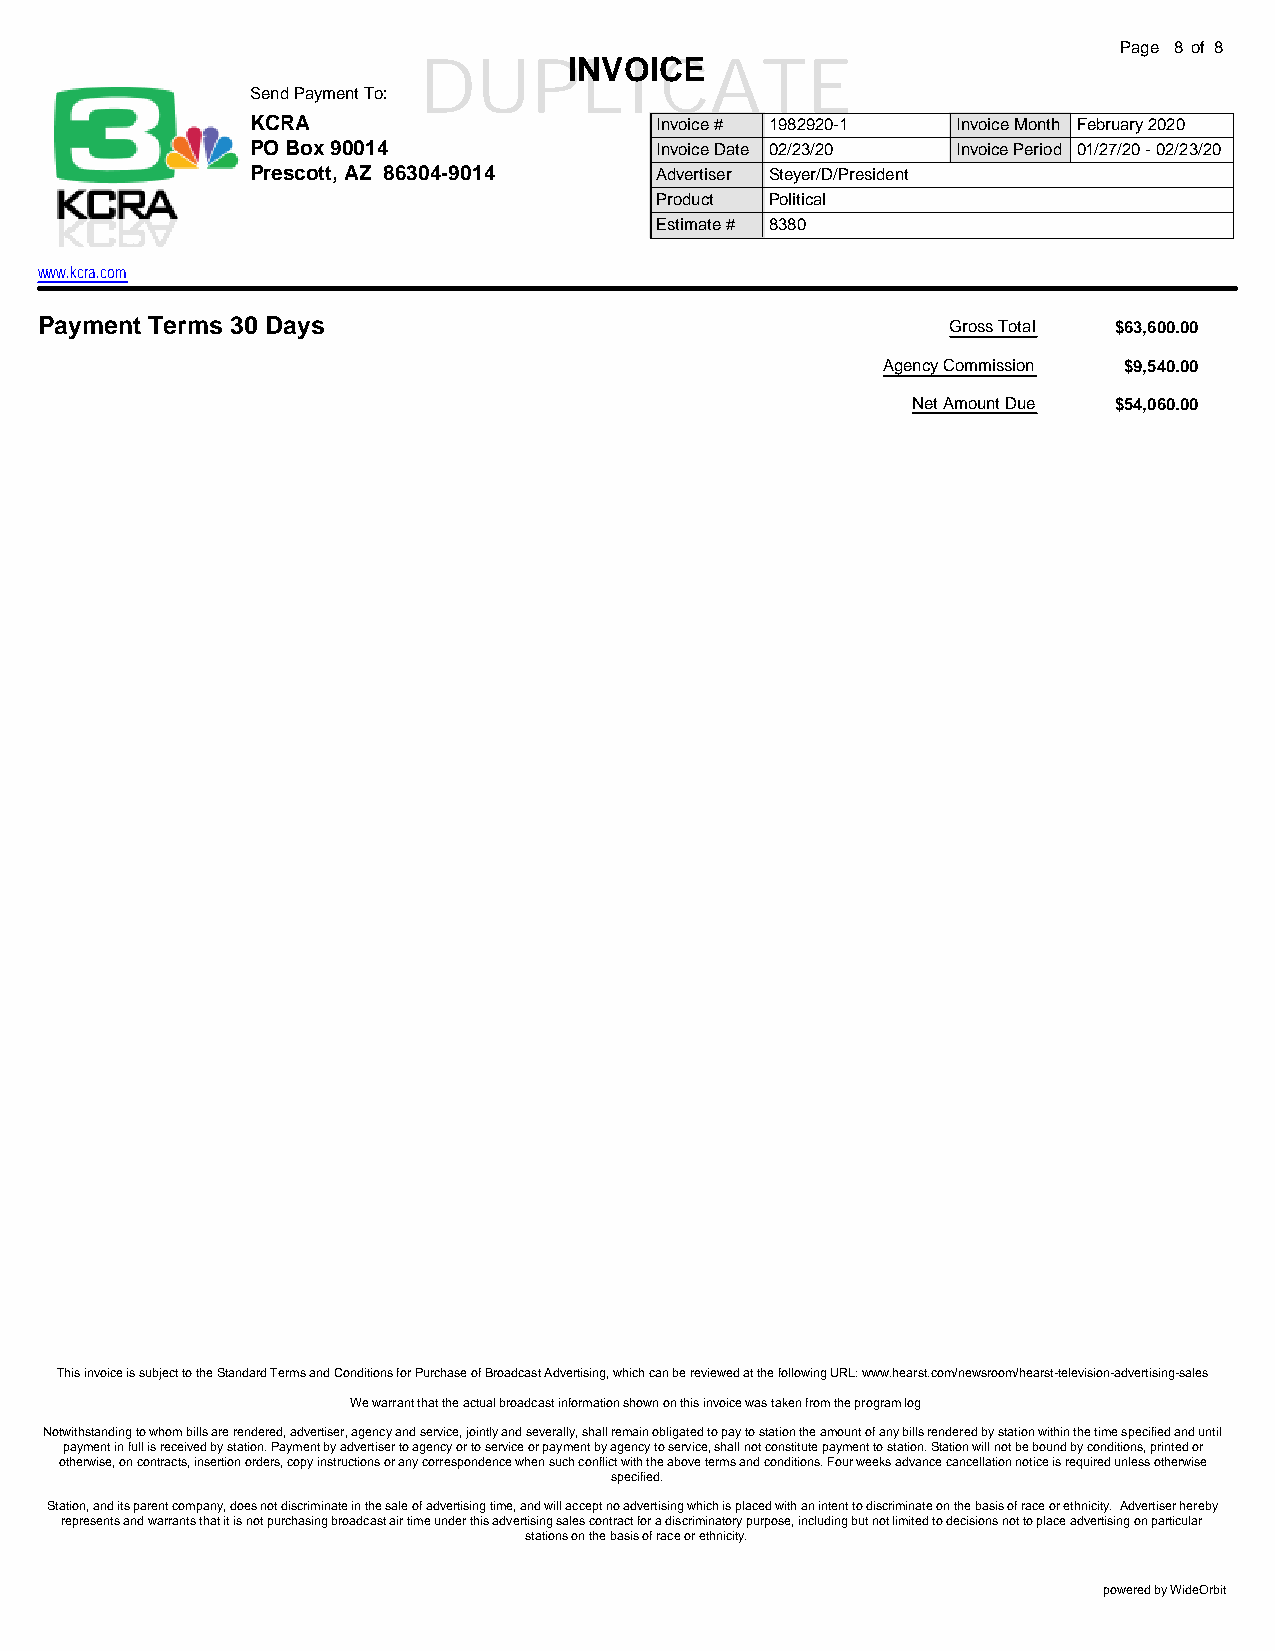
Page 8 of 8
 DUPINLVOIICCEATE
 Send Payment To:
 KCRA                      Invoice # 1982920-1 Invoice Month February 2020
 PO Box 90014              Invoice Date 02/23/20 Invoice Period 01/27/20 - 02/23/20
 Prescott, AZ 86304-9014   Advertiser Steyer/D/President
 Product Political
 Estimate # 8380
 www.kcra.com
 Payment Terms 30 Days                                        Gross Total $63,600.00
 Agency Commission $9,540.00
 Net Amount Due $54,060.00
 This invoice is subject to the Standard Terms and Conditions for Purchase of Broadcast Advertising, which can be reviewed at the following URL: www.hearst.com/newsroom/hearst-television-advertising-sales
 We warrant that the actual broadcast information shown on this invoice was taken from the program log
 Notwithstanding to whom bills are rendered, advertiser, agency and service, jointly and severally, shall remain obligated to pay to station the amount of any bills rendered by station within the time specified and until
 payment in full is received by station. Payment by advertiser to agency or to service or payment by agency to service, shall not constitute payment to station. Station will not be bound by conditions, printed or
 otherwise, on contracts, insertion orders, copy instructions or any correspondence when such conflict with the above terms and conditions. Four weeks advance cancellation notice is required unless otherwise
 specified.
 Station, and its parent company, does not discriminate in the sale of advertising time, and will accept no advertising which is placed with an intent to discriminate on the basis of race or ethnicity. Advertiser hereby
 represents and warrants that it is not purchasing broadcast air time under this advertising sales contract for a discriminatory purpose, including but not limited to decisions not to place advertising on particular
 stations on the basis of race or ethnicity.
 powered by WideOrbit